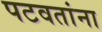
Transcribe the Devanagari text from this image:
पटवतांना